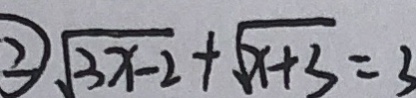
\textcircled { 2 } \sqrt { 3 x - 2 } + \sqrt { x + 3 } = 3